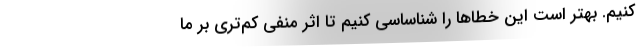
کنیم. بهتر است این خطاها را شناساسی کنیم تا اثر منفی کم‌تری بر ما